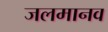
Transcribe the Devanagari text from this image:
जलमानव